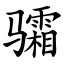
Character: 骦